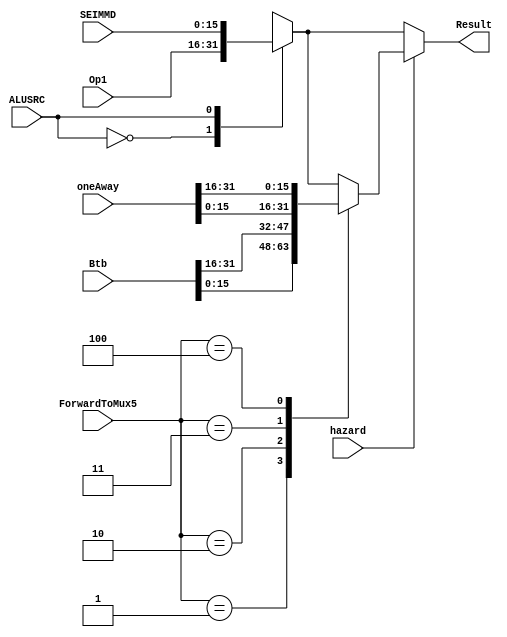
module MUX5(input [31:0] Btb, oneAway,
			input [15:0] SEIMMD, Op1, 
			input hazard, ALUSRC,
			input [2:0] ForwardToMux5,
			output reg [15:0] Result);
always @(*)
begin
	case (ALUSRC)
		1'b0: Result = Op1;
		1'b1: Result = SEIMMD;
	endcase
	if(hazard)
	begin
		case (ForwardToMux5)
		3'b001: Result = Btb [15:0];
		3'b010: Result = Btb [31:16];
		3'b011: Result = oneAway [15:0];
		3'b100: Result = oneAway [31:16];
	endcase
	end
end
endmodule